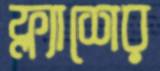
ফ্ল্যাশের